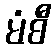
မံစီ